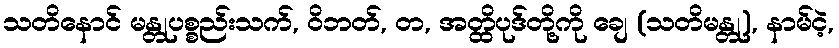
သတိနောင် မန္တုပစ္စည်းသက်, ဝိဘတ်, တ, အတ္ထိပုဒ်တို့ကို ချေ (သတိမန္တု), နာမ်ငဲ့,